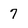
Character: 7